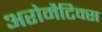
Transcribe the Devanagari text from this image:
अरोमैटिक्स